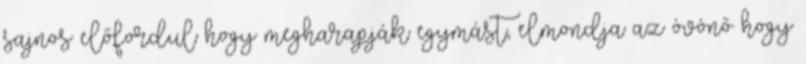
sajnos előfordul hogy megharapják egymást, elmondja az óvónő hogy